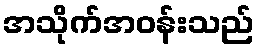
အသိုက်အဝန်းသည်